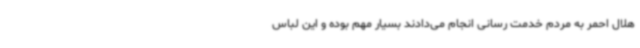
هلال احمر به مردم خدمت رسانی انجام می‌دادند بسیار مهم بوده و این لباس